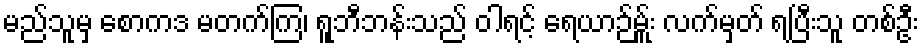
မည်သူမှ စောကဒ မတက်ကြ၊ ရူဘီဘန်းသည် ဝါရင့် ရေယာဉ်မ်ှူး လက်မှတ် ရပြီးသူ တစ်ဦး